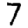
Digit: 7